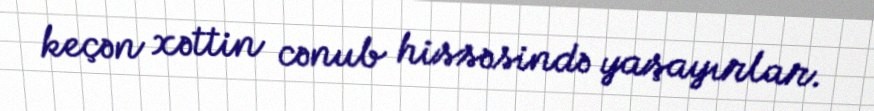
keçən xəttin cənub hissəsində yaşayırlar.